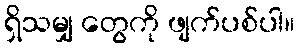
ရှိသမျှ တွေကို ဖျက်ပစ်ပါ။